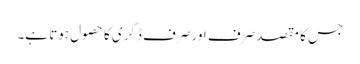
جس کا مقصد صرف اور صرف ڈگری کا حصول ہوتا ہے۔